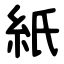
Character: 紙